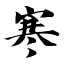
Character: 寒